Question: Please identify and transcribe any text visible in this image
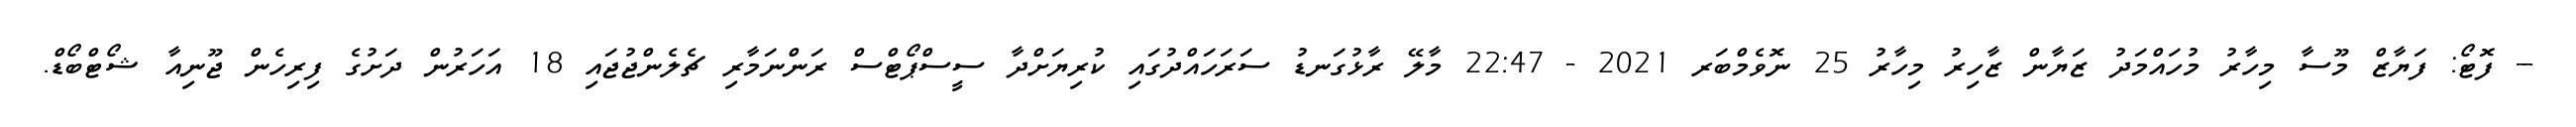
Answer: -- ފޮޓޯ: ފަޔާޒް މޫސާ މިހާރު މުހައްމަދު ޒަޔާން ޒާހިރު މިހާރު 25 ނޮވެމްބަރ 2021 - 22:47 މާލޭ ރާޅުގަނޑު ސަރަހައްދުގައި ކުރިޔަށްދާ ސީސްޕޯޓްސް ރަންނަމާރި ޗެލެންޖުޖައި 18 އަހަރުން ދަށުގެ ފިރިހެން ޖޫނިއާ ޝޯޓްބޯޑް.